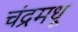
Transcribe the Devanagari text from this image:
चंद्रमधू